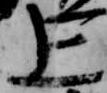
上